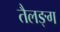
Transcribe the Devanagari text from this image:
तैलङ्ग